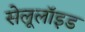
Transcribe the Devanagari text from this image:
सेलूलॉइड